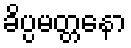
ခိပ္ပမတ္တနော